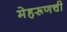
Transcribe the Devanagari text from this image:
मेहरूणची